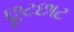
છૂટછાટ